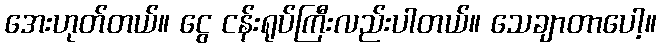
အေးဟုတ်တယ်။ ငွေ ငန်းရုပ်ကြီးလည်းပါတယ်။ သေချာတာပေါ့။